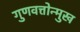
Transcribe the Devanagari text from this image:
गुणवत्तोन्मुख